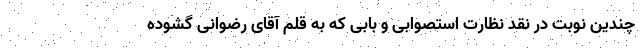
چندین نوبت در نقد نظارت استصوابی و بابی که به قلم آقای رضوانی گشوده